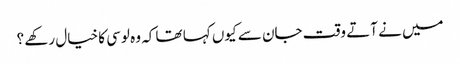
میں نے آتے وقت جان سے کیوں کہا تھا کہ وہ لوسی کا خیال رکھے ؟